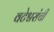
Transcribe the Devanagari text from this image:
वटेश्वरांची